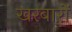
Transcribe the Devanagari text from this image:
खरबारों